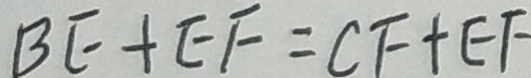
B E + E F = C F + E F